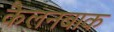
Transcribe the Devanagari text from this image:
कैलनबाक